Medical and sanitary report of the native army of Bengal for the year
Year: 1877
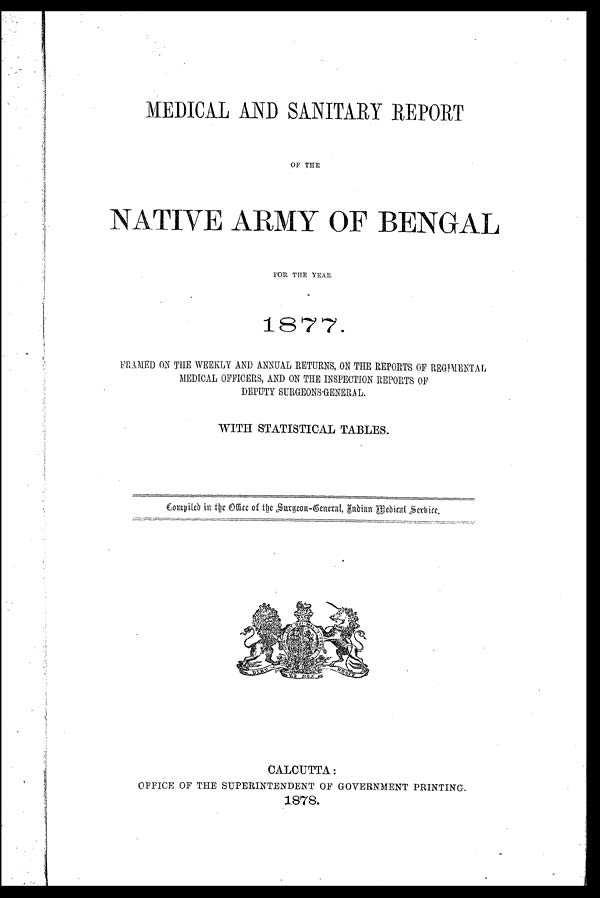
MEDICAL AND SANITARY REPORT
OF THE
NATIVE ARMY OF BENGAL
FOR THE YEAR
1877.
FRAMED ON THE WEEKLY AND ANNUAL RETURNS, ON THE REPORTS OF REGIMENTAL
MEDICAL OFFICERS, AND ON THE INSPECTION REPORTS OF
DEPUTY SURGEONS-GENERAL.
WITH STATISTICAL TABLES.
Co mp i e d i n t h e Of f i c e o f t h e S u r g e o n - Ge n e r a l , I n d i a n Me b i c a l S e r b i c e .
CALCUTTA :
OFFICE OF THE SUPERINTENDENT OF GOVERNMENT PRINTING.
1878.